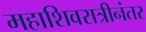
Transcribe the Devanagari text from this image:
महाशिवरात्रीनंतर